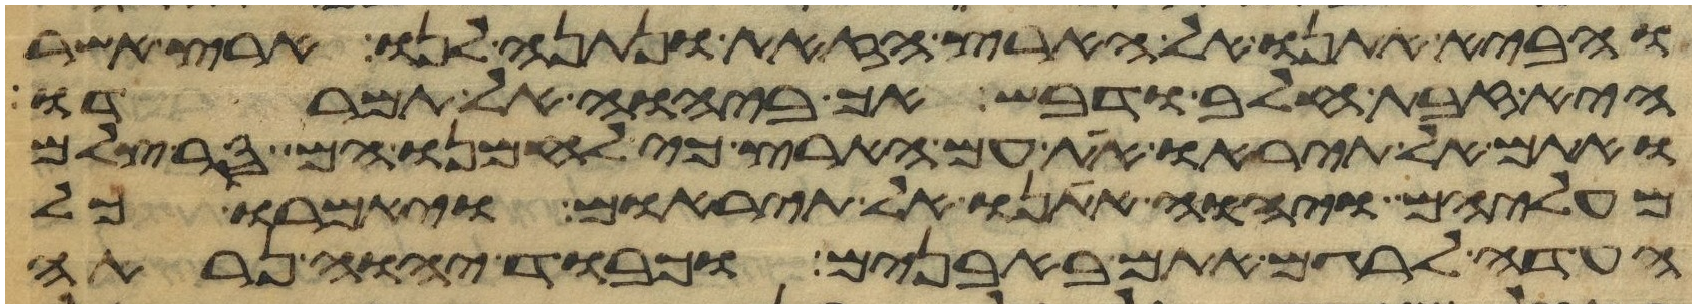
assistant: והביא אתנו אל הארץ הזאת ונתנה לנו ארץ אשר
היא זבת חלב ודבש אך ביהוה אל תמרדו
ואתם אל תיראו את עם הארץ כי לחמנו הם סר צלם
מעליהם ויהוה אתנו אל תיראום ויאמרו כל
העדה לרגם אתם באבנים וכבוד יהוה נראה